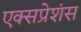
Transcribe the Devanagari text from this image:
एक्सप्रेशंस